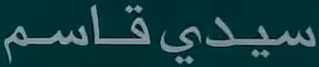
سیدی قاسم